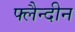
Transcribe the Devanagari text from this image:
फ्लैन्दीन